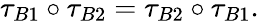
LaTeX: \tau_{B1}\circ\tau_{B2}=\tau_{B2}\circ\tau_{B1}.